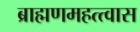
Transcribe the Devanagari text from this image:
ब्राह्मणमहत्त्वास